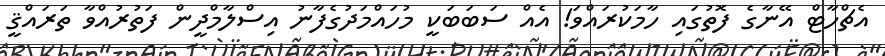
އެޗްހާޓް އޭނާގެ ފޮތުގައި ހާމަކުރައްވަ! އެއް ސަބަބަކީ މުހައްމަދުގެފާނު އިސްލާމްދީން ފަތުރުއްވާ ތަރައްޤީ